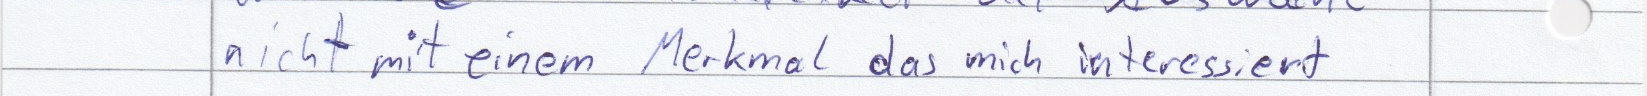
nicht mit einem Merkmal das mich interessiert